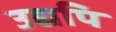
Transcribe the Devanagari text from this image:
उद्यपि